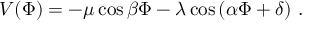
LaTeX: V ( \Phi ) = - \mu \cos \beta \Phi - \lambda \cos \left( \alpha \Phi + \delta \right) \, .